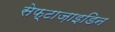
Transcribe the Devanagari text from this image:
सेफ़्टाज़ाइडिन